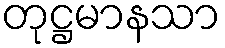
တုဋ္ဌမာနသာ